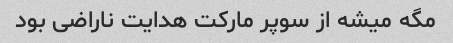
مگه میشه از سوپر مارکت هدایت ناراضی بود